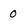
Character: 0